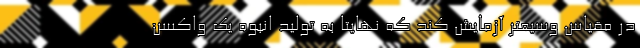
در مقیاسِ وسیعتر آزمایش کند که نهایتاً به تولیدِ انبوه یک واکسنِ